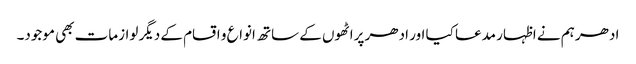
ادھر ہم نے اظہار مدعا کیا اور ادھر پراٹھوں کے ساتھ انواع و اقسام کے دیگر لوازمات بھی موجود۔